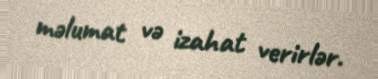
məlumat və izahat verirlər.